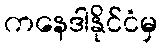
ကနေဒါနိုင်ငံမှ